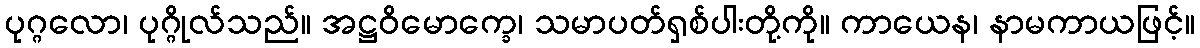
ပုဂ္ဂလော၊ ပုဂ္ဂိုလ်သည်။ အဋ္ဌဝိမောက္ခေ၊ သမာပတ်ရှစ်ပါးတို့ကို။ ကာယေန၊ နာမကာယဖြင့်။